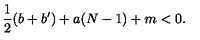
\frac 1 2 ( b + b ^ { \prime } ) + a ( N - 1 ) + m < 0 .